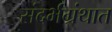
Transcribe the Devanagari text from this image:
संदर्भग्रंथात